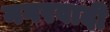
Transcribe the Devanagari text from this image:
नगरवादी